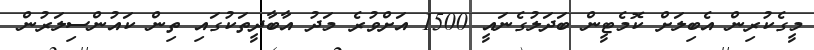
މީގެކުރިން އެބިލަށް ކޮމެޓީން ބަދަލުގެނައީ 1500 އަށްވުރެ މަދު އާބާދީތަކުގައި ތިން ކައުންސިލަރުން